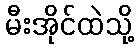
မီးအိုင်ထဲသို့